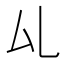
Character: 𠫖